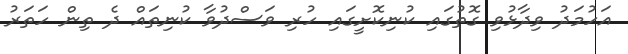
އަހުމަދު ވިދާޅުވި ގޮތުގައި ކުނިކޮށީގައި ހުރި ވަސްދުވާ ކުނިތައް ދެ ތިން ހަތަރު